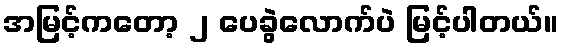
အမြင့်ကတော့ ၂ ပေခွဲလောက်ပဲ မြင့်ပါတယ်။